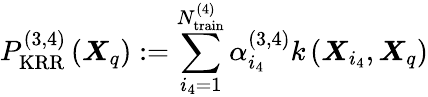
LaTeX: P_{\mathrm{KRR}}^{(3,4)}\left(\boldsymbol{X}_{q}\right):=\sum_{i_{4}=1}^{N_{\mathrm{train}}^{(4)}}\alpha_{i_{4}}^{(3,4)}k\left(\boldsymbol{X}_{i_{4}},\boldsymbol{X}_{q}\right)